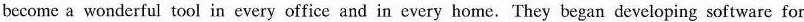
become a wonderful tool in every office and in every home. They began developing software for